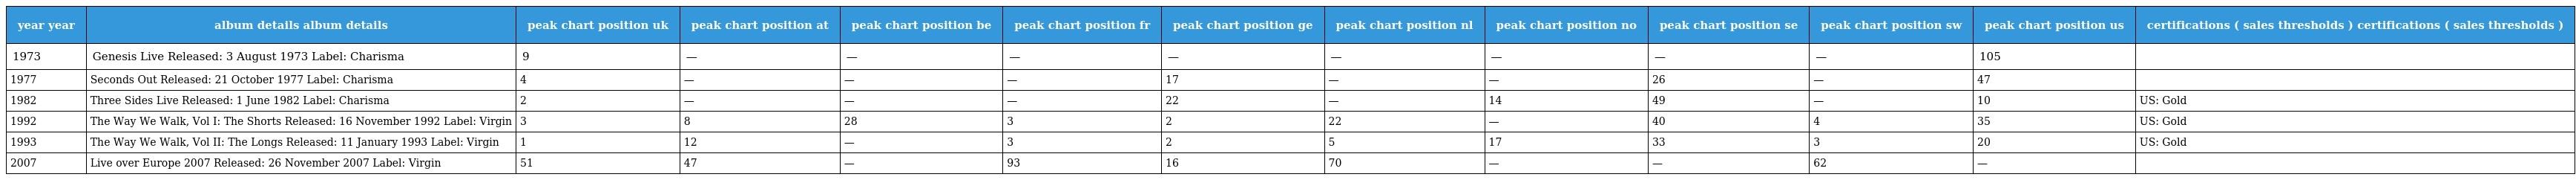
| year year | album details album details | peak chart position uk | peak chart position at | peak chart position be | peak chart position fr | peak chart position ge | peak chart position nl | peak chart position no | peak chart position se | peak chart position sw | peak chart position us | certifications ( sales thresholds ) certifications ( sales thresholds ) |
 | --- | --- | --- | --- | --- | --- | --- | --- | --- | --- | --- | --- | --- |
 | 1973 | Genesis Live Released: 3 August 1973 Label: Charisma | 9 | — | — | — | — | — | — | — | — | 105 |  |
 | 1977 | Seconds Out Released: 21 October 1977 Label: Charisma | 4 | — | — | — | 17 | — | — | 26 | — | 47 |  |
 | 1982 | Three Sides Live Released: 1 June 1982 Label: Charisma | 2 | — | — | — | 22 | — | 14 | 49 | — | 10 | US: Gold |
 | 1992 | The Way We Walk, Vol I: The Shorts Released: 16 November 1992 Label: Virgin | 3 | 8 | 28 | 3 | 2 | 22 | — | 40 | 4 | 35 | US: Gold |
 | 1993 | The Way We Walk, Vol II: The Longs Released: 11 January 1993 Label: Virgin | 1 | 12 | — | 3 | 2 | 5 | 17 | 33 | 3 | 20 | US: Gold |
 | 2007 | Live over Europe 2007 Released: 26 November 2007 Label: Virgin | 51 | 47 | — | 93 | 16 | 70 | — | — | 62 | — |  |